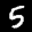
Label: 5